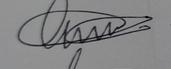
Signature authenticity: genuine